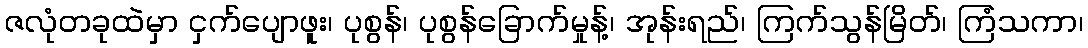
ဇလုံတခုထဲမှာ ငှက်ပျောဖူး၊ ပုစွန်၊ ပုစွန်ခြောက်မှုန့်၊ အုန်းရည်၊ ကြက်သွန်မြိတ်၊ ကြံသကာ၊